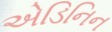
એડિનિન